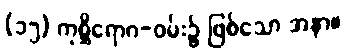
(၁၅) ကုစ္ဆိရောဂ-ဝမ်း၌ ဖြစ်သော အနာ။